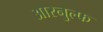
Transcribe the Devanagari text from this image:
आरनुल्फ